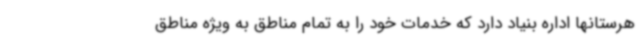
هرستانها اداره بنیاد دارد که خدمات خود را به تمام مناطق به ویژه مناطق